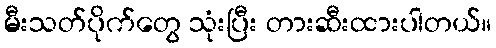
မီးသတ်ပိုက်တွေ သုံးပြီး တားဆီးထားပါတယ်။